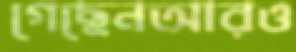
গেছেনআরও